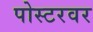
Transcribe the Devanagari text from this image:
पोस्टरवर